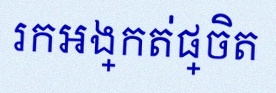
រកអង្កត់ផ្ចិត